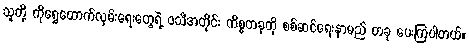
သူတို့ ကိုရွှေထောက်လှမ်းရေးတွေရဲ့ ဝသီအတိုင်း ကိစ္စတခုကို စစ်ဆင်ရေးနာမည် တခု ပေးကြပါတယ်။